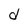
Character: d